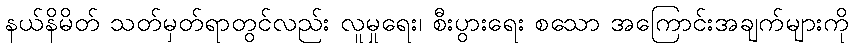
နယ်နိမိတ် သတ်မှတ်ရာတွင်လည်း လူမှုရေး၊ စီးပွားရေး စသော အကြောင်းအချက်များကို